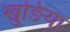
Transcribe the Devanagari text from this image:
खुङिया